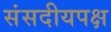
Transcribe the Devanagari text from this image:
संसदीयपक्ष